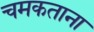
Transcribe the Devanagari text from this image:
चमकताना